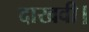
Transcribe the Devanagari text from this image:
दाखवी।